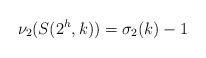
LaTeX: \begin{align*}\nu_2(S(2^h,k))=\sigma_2(k)-1\end{align*}